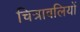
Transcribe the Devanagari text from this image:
चित्रावलियों